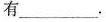
的有___.